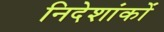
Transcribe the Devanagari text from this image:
निदेशांकों